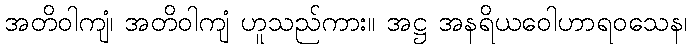
အတိဝါကျံ၊ အတိဝါကျံ ဟူသည်ကား။ အဋ္ဌ အနရိယဝေါဟာရဝသေန၊